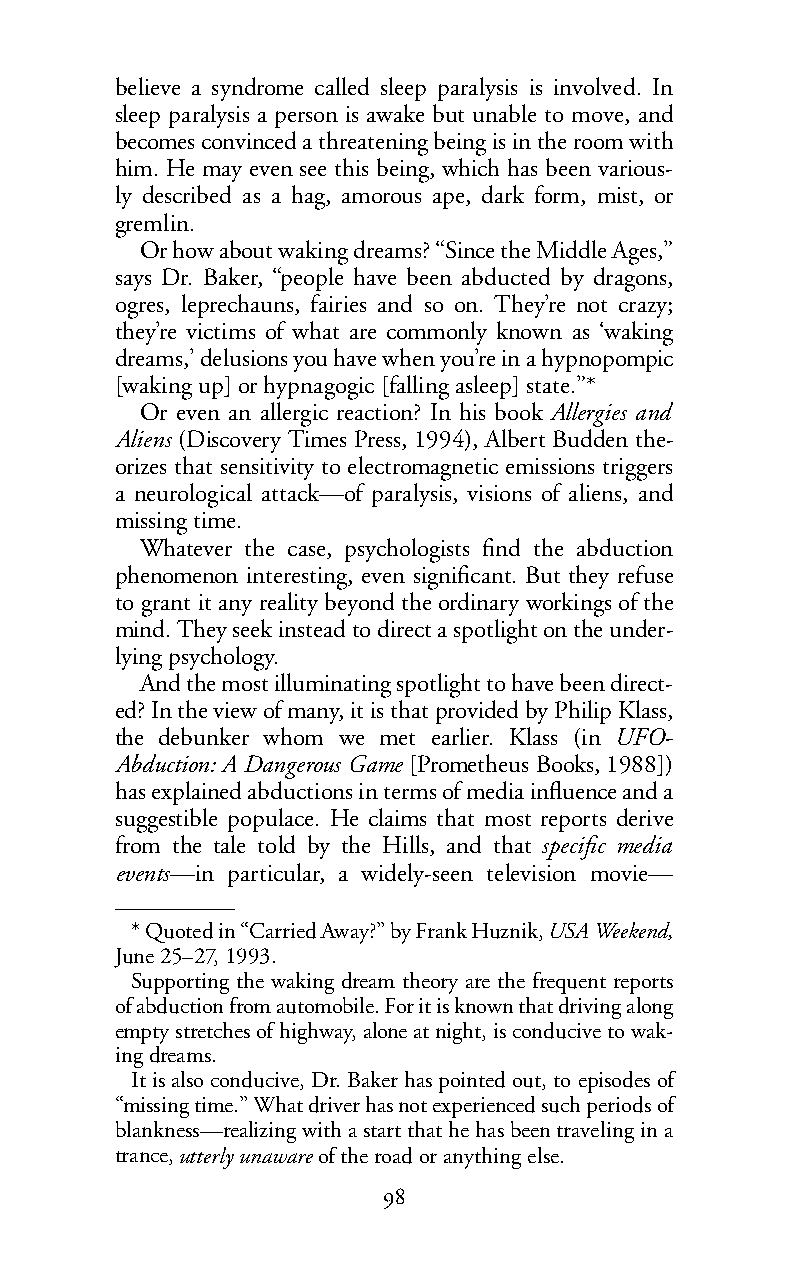
believe a syndrome called sleep paralysis is involved. In
 sleep paralysis a person is awake but unable to move, and
 becomes convinced a threatening being is in the room with
 him. He may even see this being, which has been various-
 ly described as a hag, amorous ape, dark form, mist, or
 gremlin.
 Or how about waking dreams? “Since the Middle Ages,”
 says Dr. Baker, “people have been abducted by dragons,
 ogres, leprechauns, fairies and so on. They’re not crazy;
 they’re victims of what are commonly known as ‘waking
 dreams,’ delusions you have when you’re in a hypnopompic
 [waking up] or hypnagogic [falling asleep] state.”*
 Or even an allergic reaction? In his book Allergies and
 Aliens (Discovery Times Press, 1994), Albert Budden the-
 orizes that sensitivity to electromagnetic emissions triggers
 a neurological attack—of paralysis, visions of aliens, and
 missing time.
 Whatever the case, psychologists find the abduction
 phenomenon interesting, even significant. But they refuse
 to grant it any reality beyond the ordinary workings of the
 mind. They seek instead to direct a spotlight on the under-
 lying psychology.
 Andthemost illuminating spotlight to have been direct-
 ed? In the view of many, it is that provided by Philip Klass,
 the debunker whom we met earlier. Klass (in UFO-
 Abduction: A Dangerous Game [Prometheus Books, 1988])
 has explained abductions in terms of media influence and a
 suggestible populace. He claims that most reports derive
 from the tale told by the Hills, and that specific media
 events—in particular, a widely-seen television movie—
 *Quotedin “CarriedAway?” byFrank Huznik,USA Weekend,
 June25–27,1993.
 Supporting the waking dream theory are the frequent reports
 ofabduction from automobile. For it is known that driving along
 empty stretches of highway, alone at night, is conducive to wak-
 ing dreams.
 It is also conducive, Dr. Baker has pointed out, to episodes of
 “missing time.” What driver has not experienced such periods of
 blankness—realizing with a start that he has been traveling in a
 trance,utterly unaware of the road or anything else.
 